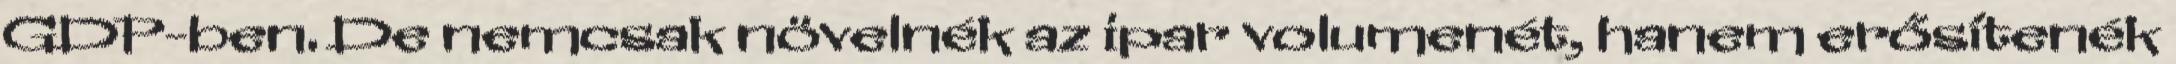
GDP-ben. De nemcsak növelnék az ipar volumenét, hanem erősítenék